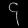
Digit: ၄